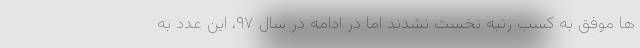
ها موفق به کسب رتبه نخست نشدند اما در ادامه در سال ۹۷، این عدد به